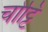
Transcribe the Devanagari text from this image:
चोट्टि